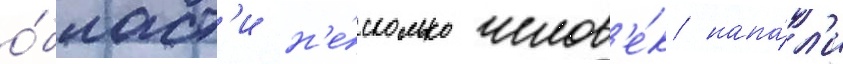
о́бласт'и н'е́сколько челов'е́к напа́л'и